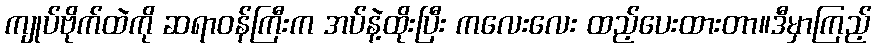
ကျုပ်ဗိုက်ထဲကို ဆရာဝန်ကြီးက အပ်နဲ့ထိုးပြီး ကလေးလေး ထည့်ပေးထားတာ။ဒီမှာကြည့်